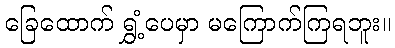
ခြေထောက် ရွှံ့ပေမှာ မကြောက်ကြရဘူး။